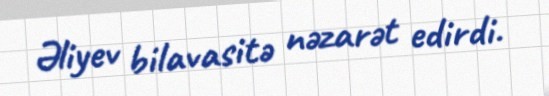
Əliyev bilavasitə nəzarət edirdi.